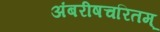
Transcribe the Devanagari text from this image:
अंबरीषचरितम्